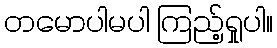
တမောပါမပါ ကြည့်ရှုပါ။